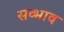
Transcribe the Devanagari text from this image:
सव्भाव